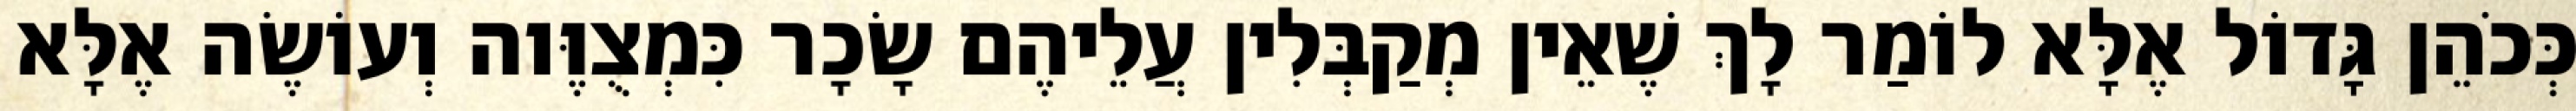
כְּכֹהֵן גָּדוֹל אֶלָּא לוֹמַר לָךְ שֶׁאֵין מְקַבְּלִין עֲלֵיהֶם שָׂכָר כִּמְצֻוֶּוה וְעוֹשֶׂה אֶלָּא